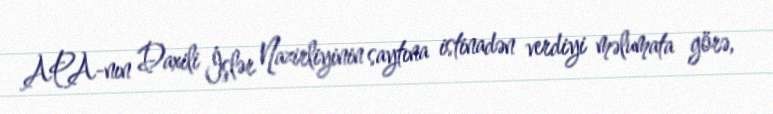
APA-nın Daxili İşlər Nazirliyinin saytına istinadən verdiyi məlumata görə,